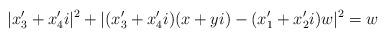
LaTeX: \begin{align*}|x_3'+x_4'i|^2+|(x_3'+x_4'i)(x+yi)-(x_1'+x_2'i)w|^2=w\end{align*}